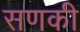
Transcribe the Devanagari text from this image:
सणकी